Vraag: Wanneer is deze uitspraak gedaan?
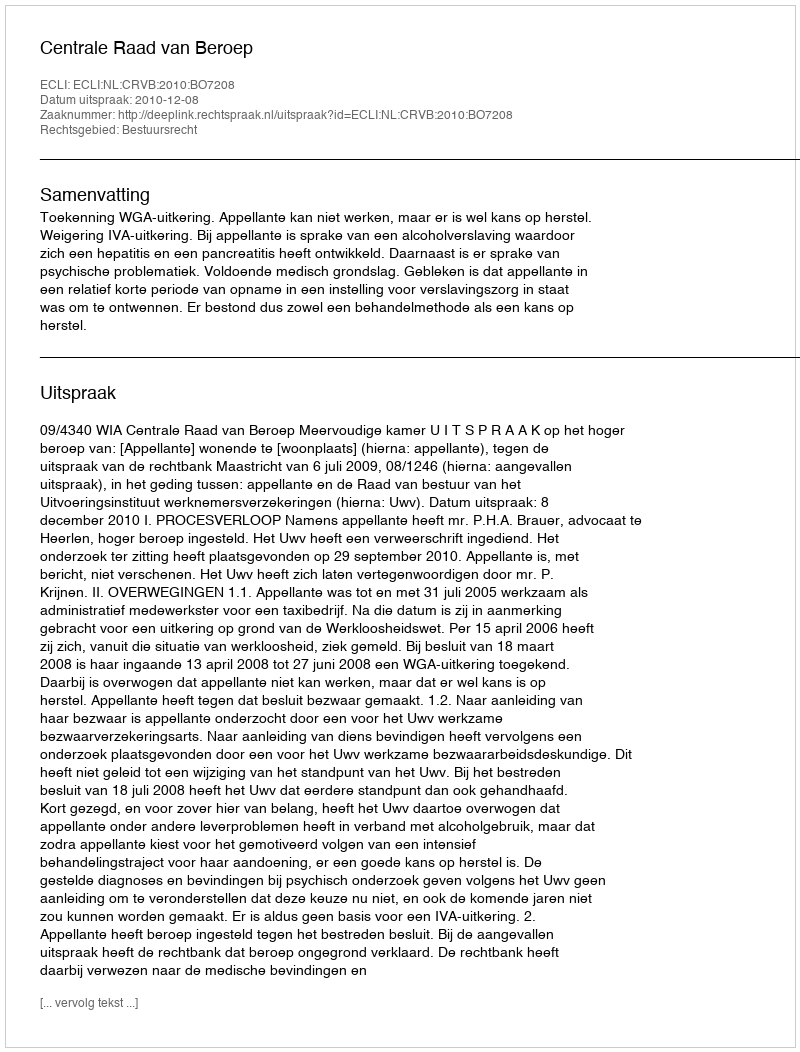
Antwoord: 2010-12-08